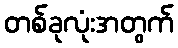
တစ်ခုလုံးအတွက်